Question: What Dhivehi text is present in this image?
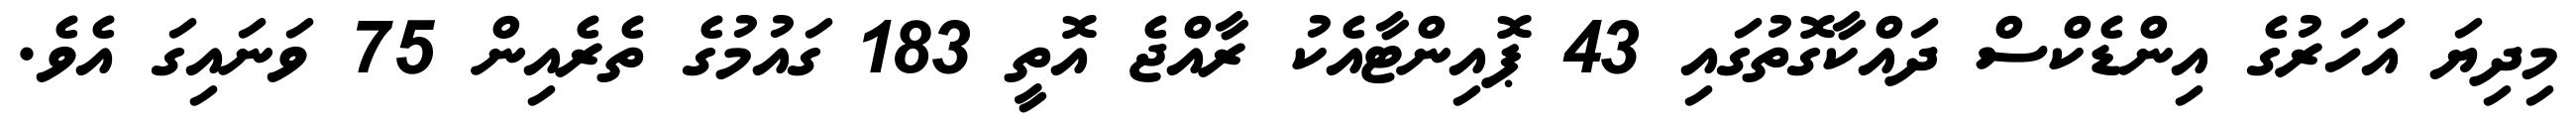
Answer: މިދިޔަ އަހަރުގެ އިންޑެކްސް ދައްކާގޮތުގައި 43 ޕޮއިންޓާއެކު ރާއްޖެ އޮތީ 183 ގައުމުގެ ތެރެއިން 75 ވަނައިގަ އެވެ.